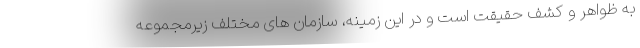
به ظواهر و کشف حقیقت است و در این زمینه، سازمان های مختلف زیرمجموعه